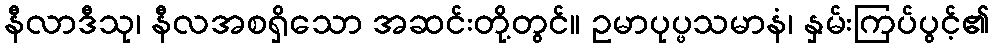
နီလာဒီသု၊ နီလအစရှိသော အဆင်းတို့တွင်။ ဥမာပုပ္ဖသမာနံ၊ နှမ်းကြပ်ပွင့်၏